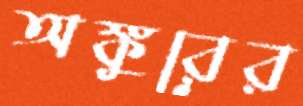
অঙ্কুরের